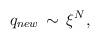
LaTeX: \begin{align*}q_{new} \, \sim \, \xi^{N },\end{align*}